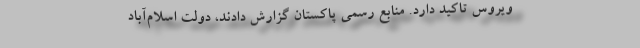
ویروس تاکید دارد. منابع رسمی پاکستان گزارش دادند، دولت اسلام‌آباد